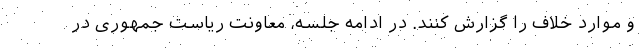
و موارد خلاف را گزارش کنند. در ادامه جلسه، معاونت ریاست جمهوری در